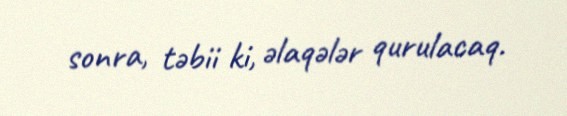
sonra, təbii ki, əlaqələr qurulacaq.